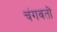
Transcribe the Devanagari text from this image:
चंगवतों